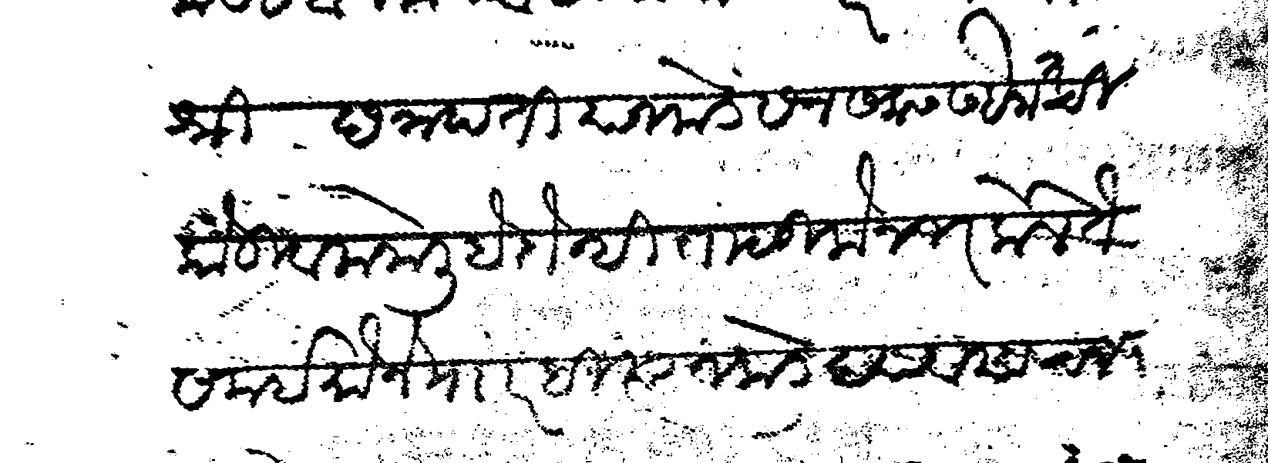
Transliteration (Devanagari): श्री छत्रपती याजकडे सन सलास सबैनात चीकोडी व मनोली हे दोन्ही तालुके नजर केले ते समई मौजे माार ही त्याजकडे द्यावयाचा